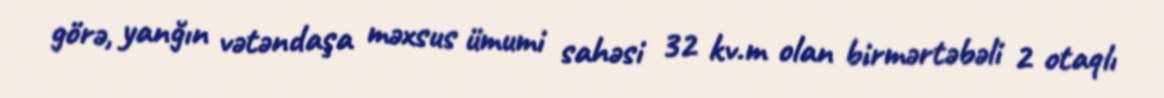
görə, yanğın vətəndaşa məxsus ümumi sahəsi 32 kv.m olan birmərtəbəli 2 otaqlı